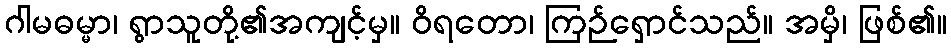
ဂါမဓမ္မာ၊ ရွာသူတို့၏အကျင့်မှ။ ဝိရတော၊ ကြဉ်ရှောင်သည်။ အမှိ၊ ဖြစ်၏။